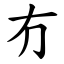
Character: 冇